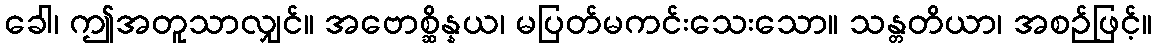
ခေါ၊ ဤအတူသာလျှင်။ အဗောစ္ဆိန္နယ၊ မပြတ်မကင်းသေးသော။ သန္တတိယာ၊ အစဉ်ဖြင့်။